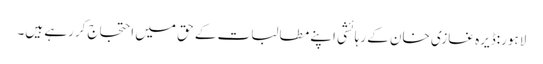
لاہور:ڈیرہ غازی خان کے رہائشی اپنے مطالبات کے حق میں احتجاج کررہے ہیں۔